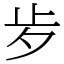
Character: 㱑